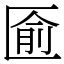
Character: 匬